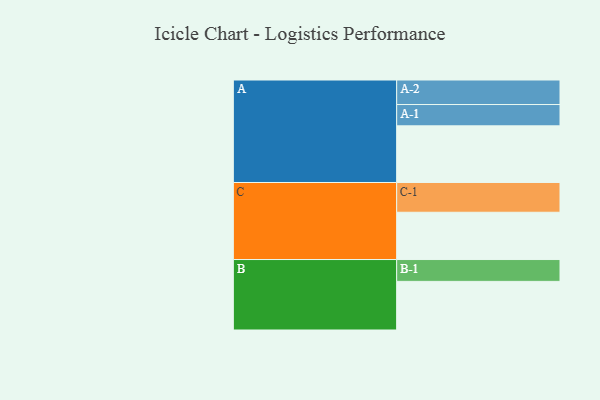
{"axis": {"x": "Segment", "y": "Value"}, "legend": ["", "A", "B", "C"], "data": [{"x": "A", "y": 550, "type": ""}, {"x": "B", "y": 472, "type": ""}, {"x": "C", "y": 459, "type": ""}, {"x": "A-1", "y": 207, "type": "A"}, {"x": "A-2", "y": 238, "type": "A"}, {"x": "B-1", "y": 212, "type": "B"}, {"x": "C-1", "y": 289, "type": "C"}]}